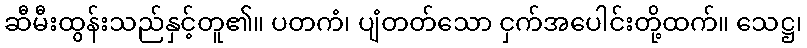
ဆီမီးထွန်းသည်နှင့်တူ၏။ ပတကံ၊ ပျံတတ်သော ငှက်အပေါင်းတို့ထက်။ သေဋ္ဌ၊